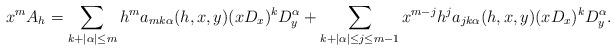
LaTeX: \begin{align*} x^m A_h = \sum_{k+|\alpha|\leq m} h^m a_{m k \alpha}(h,x,y)(x D_x)^k D_y^\alpha + \sum_{k+|\alpha|\leq j\leq m-1} x^{m-j}h^j a_{j k\alpha}(h,x,y)(x D_x)^k D_y^\alpha.\end{align*}